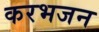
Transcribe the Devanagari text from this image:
करभजन